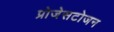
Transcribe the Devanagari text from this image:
प्रोजेसटोजन